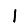
Digit: 1